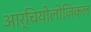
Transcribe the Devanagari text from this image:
आर्चियोलोजिकल